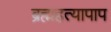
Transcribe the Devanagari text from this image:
ब्रह्महत्यापाप